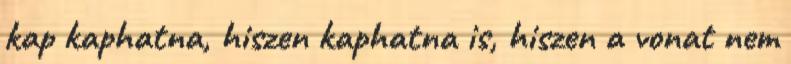
kap kaphatna, hiszen kaphatna is, hiszen a vonat nem